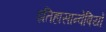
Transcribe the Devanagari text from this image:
इतिहासान्वेषियों